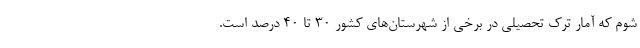
شوم که آمار ترک تحصیلی در برخی از شهرستان‌های کشور ۳۰ تا ۴۰ درصد است.